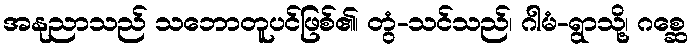
အနုညာသည် သဘောတူပင်ဖြစ်၏၊ တွံ-သင်သည်၊ ဂါမံ-ရွာသို့၊ ဂစ္ဆေ